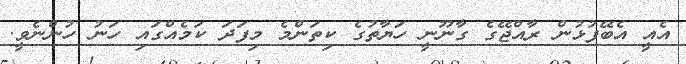
އެއީ އެބޭފުޅުން ރާއްޖޭގެ ގާނޫނީ ހަޔާތުގެ ކިތަންމެ މިފަދަ ކަމެއްގައި ހަނު ހުންނެވީ.